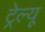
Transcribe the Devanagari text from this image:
ट्रेल्यू